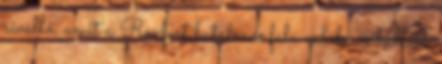
rivalló, amit a Roxfort hatalmas fala valaha is hallott.